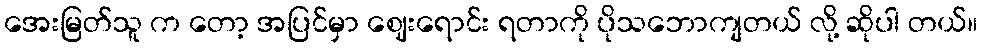
အေးမြတ်သူ က တော့ အပြင်မှာ ဈေးရောင်း ရတာကို ပိုသဘောကျတယ် လို့ ဆိုပါ တယ်။